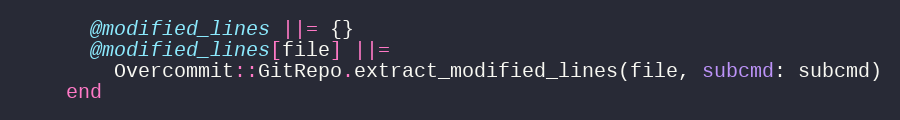
Language: Ruby
      @modified_lines ||= {}
      @modified_lines[file] ||=
        Overcommit::GitRepo.extract_modified_lines(file, subcmd: subcmd)
    end